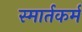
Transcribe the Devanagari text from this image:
स्मार्तकर्म